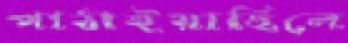
পাঠাইয়াছিলে